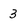
Character: 3